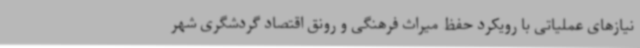
نیازهای عملیاتی با رویکرد حفظ میراث فرهنگی و رونق اقتصاد گردشگری شهر